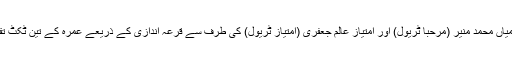
کانفرنس کے اختتام پر میاں محمد صغیر (آل ڈے ٹریول)، میاں محمد منیر (مرحبا ٹریول) اور امتیاز عالم جعفری (امتیاز ٹریول) کی طرف سے قرعہ اندازی کے ذریعے عمرہ کے تین ٹکٹ تقسیم کیے گئے اور شرکاء میں ضیافت میلاد تقسیم کی گئی۔